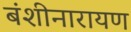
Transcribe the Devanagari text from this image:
बंशीनारायण